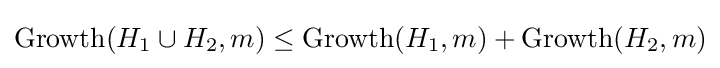
\operatorname {Growth} (H_{1}\cup H_{2},m)\leq \operatorname {Growth} (H_{1},m)+\operatorname {Growth} (H_{2},m)